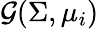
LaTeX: \mathcal G(\Sigma,\mu_{i})